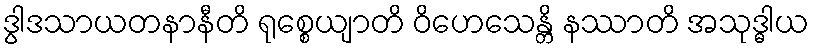
ဒွါဒသာယတနာနီတိ ရုစ္စေယျာတိ ဝိဟေသေန္တိ နဿာတိ အသုဒ္ဓါယ